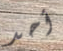
أحد